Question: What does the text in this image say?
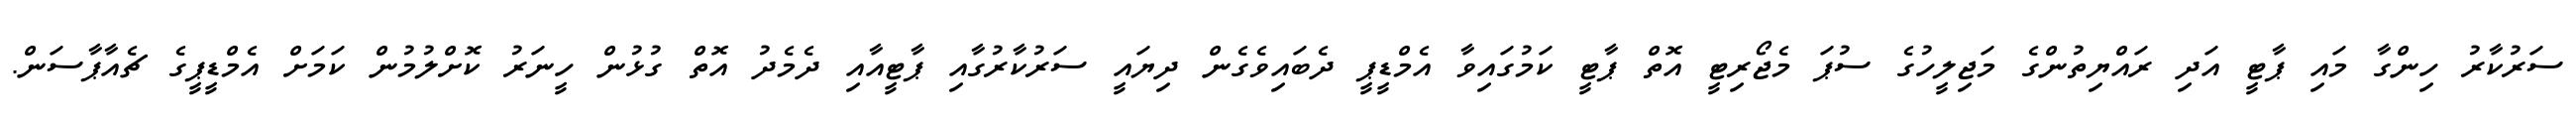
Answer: ސަރުކާރު ހިންގާ މައި ޕާޓީ އަދި ރައްޔިތުންގެ މަޖިލީހުގެ ސުޕަ މެޖޯރިޓީ އޮތް ޕާޓީ ކަމުގައިވާ އެމްޑީޕީ ދެބައިވެގެން ދިޔައީ ސަރުކާރުގާއި ޕާޓީއާއި ދެމެދު އޮތް ގުޅުން ހީނަރު ކޮށްލުމުން ކަމަށް އެމްޑީޕީގެ ޗެއާޕާސަން.